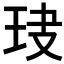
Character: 𤤏